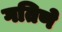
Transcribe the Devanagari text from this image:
गतिणे